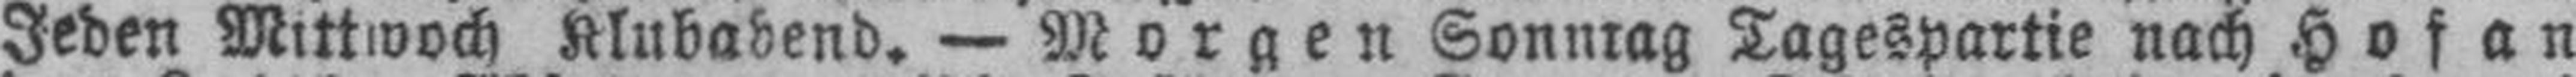
Jeden Mittwoch Klubabend. — Morgen Sonntag Tagespartie nach Hof an